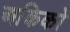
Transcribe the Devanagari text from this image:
अकिको